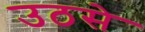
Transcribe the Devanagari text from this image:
उठसे